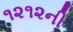
૧૨૧૨ની